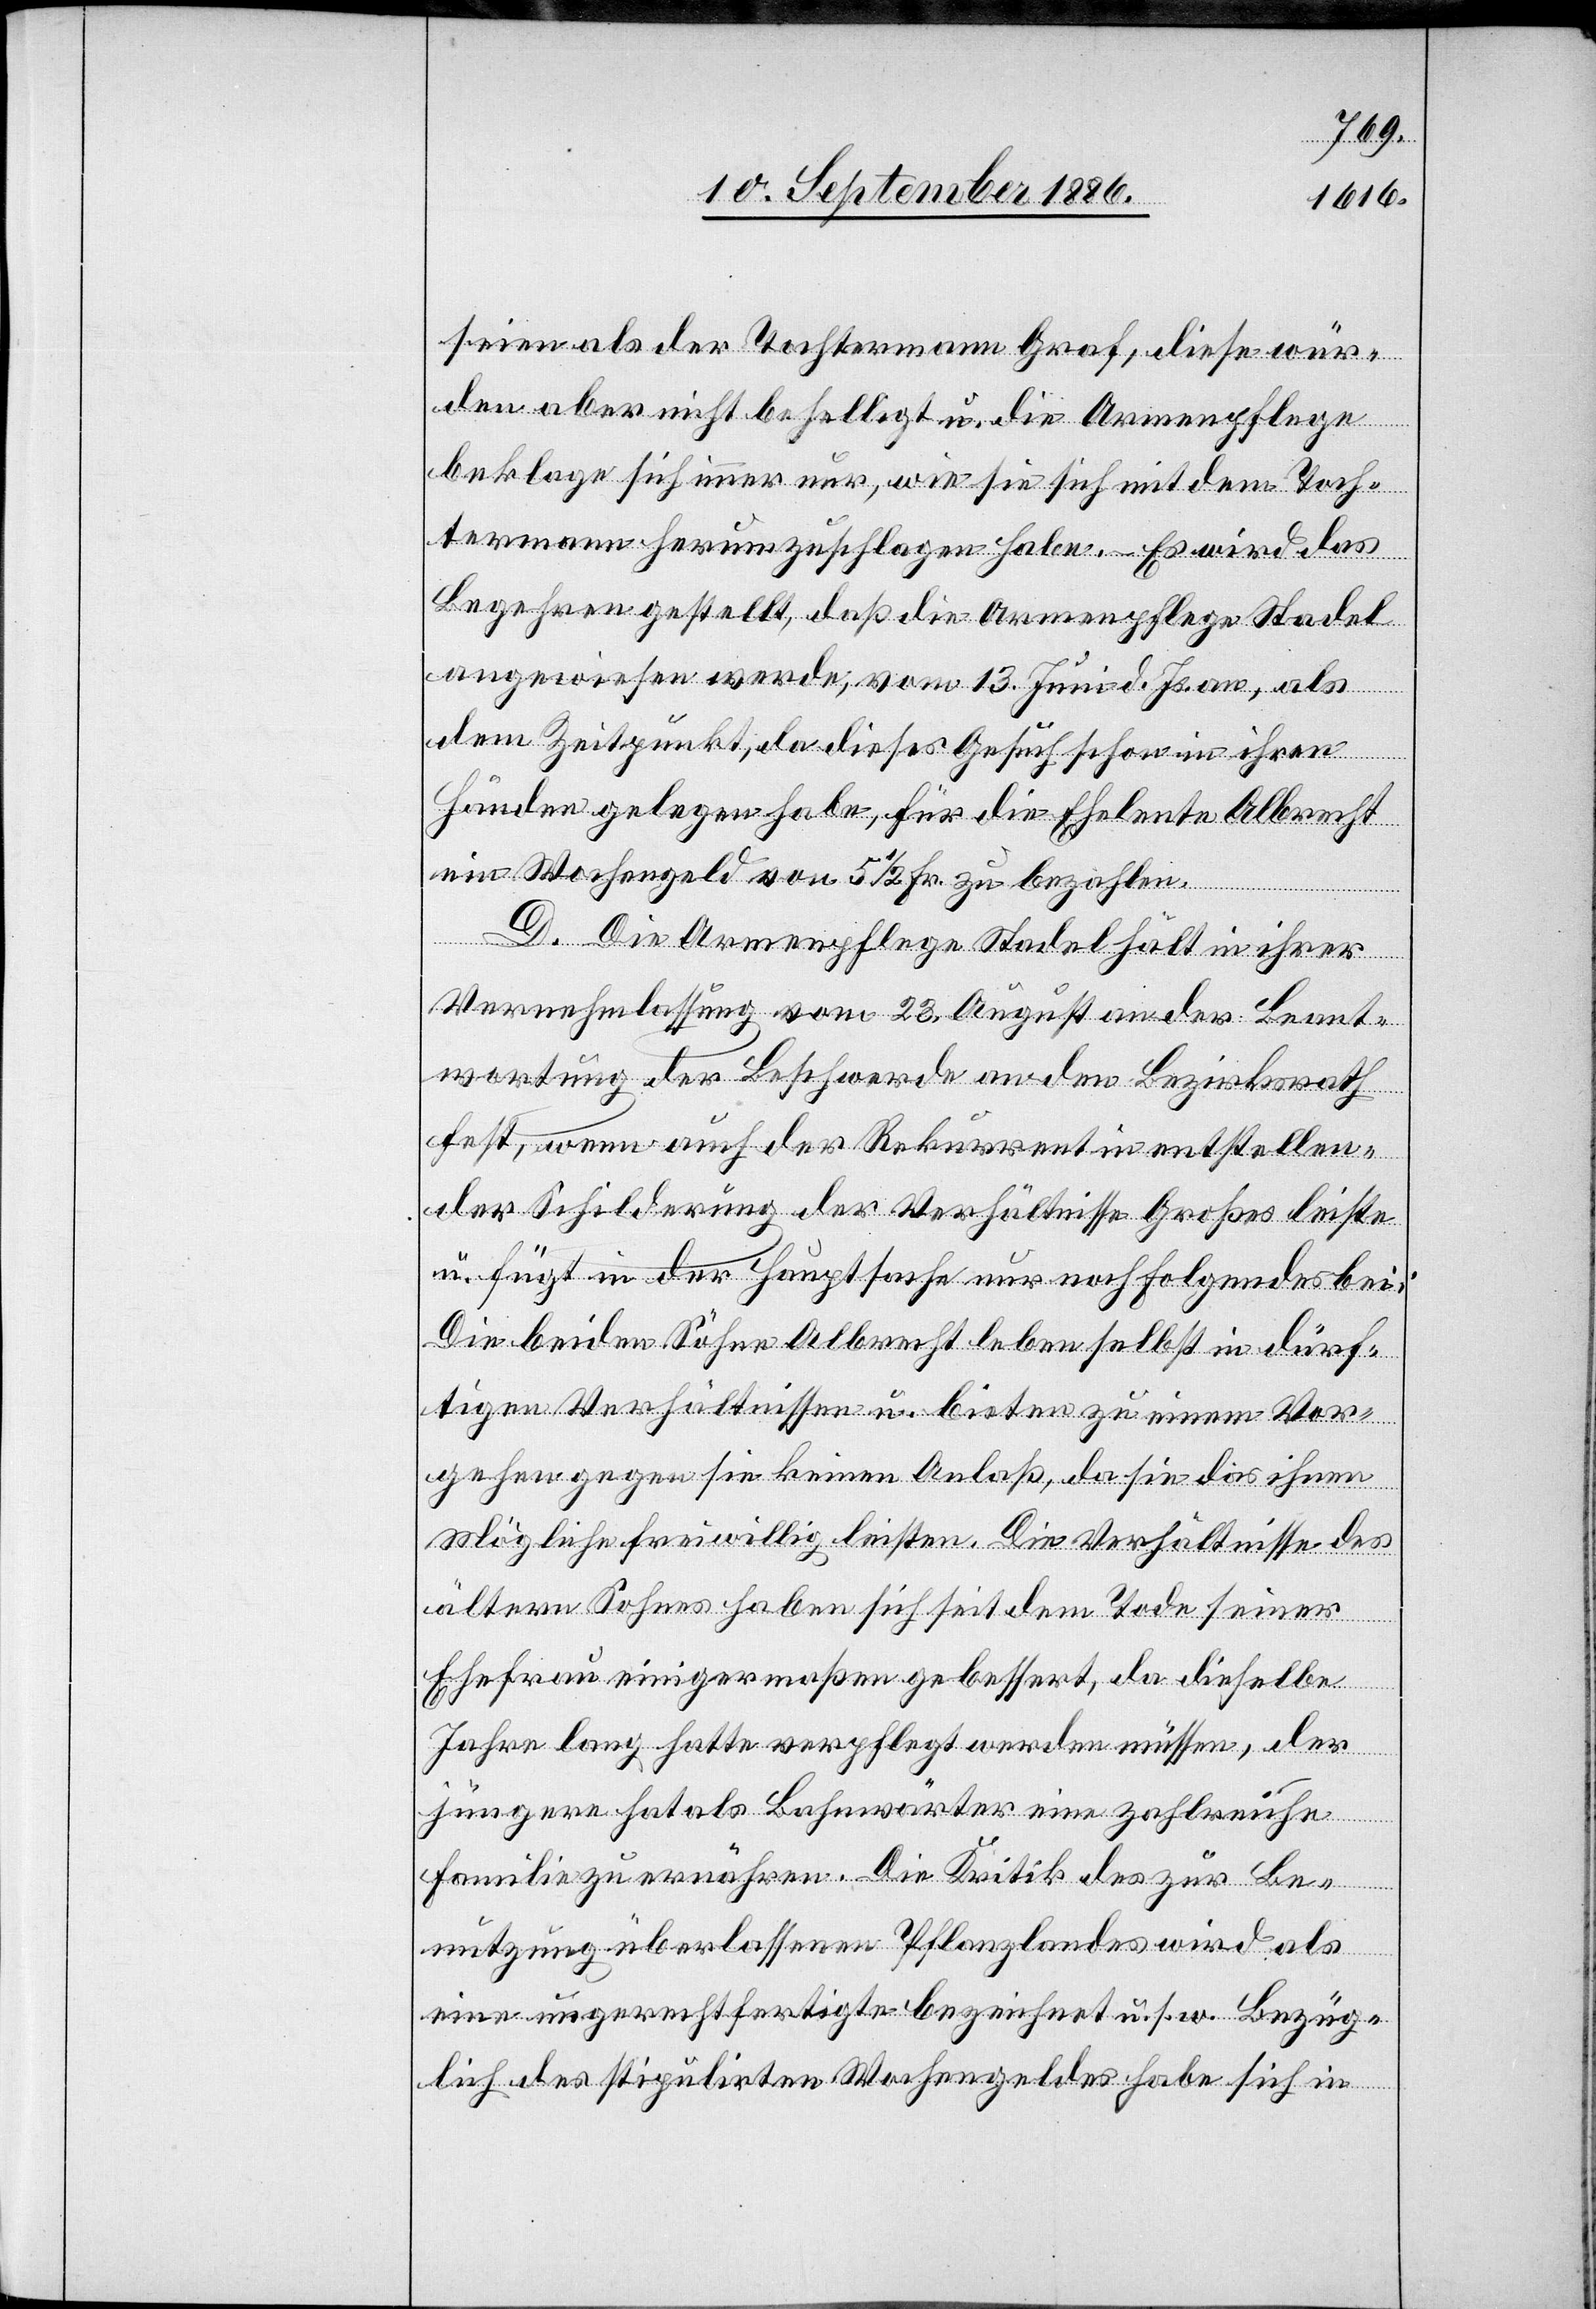
seien als der Tochtermann Graf, diese wür¬
den aber nicht behelligt u. die Armenpflege
beklage sich immer nur, wie sie sich mit dem Toch¬
termann herumzuschlagen habe. – Es wird das
Begehren gestellt, daß die Armenpflege Stadel
angewiesen werde, vom 13. Juni d. Js. an, als
dem Zeitpunkt, da dieses Gesuch schon in ihren
Händen gelegen habe, für die Eheleute Albrecht
ein Wochengeld von 5 1/2 Fr. zu bezahlen.
D. Die Armenpflege Stadel hält in ihrer
Vernehmlassung vom 23. August an der Beant¬
wortung der Beschwerde an den Bezirksrath
fest, wenn auch der Rekurrent in entstellen¬
der Schilderung der Verhältnisse Großes leiste
u. fügt in der Hauptsache nur noch Folgendes bei:
Die beiden Söhne Albrecht leben selbst in dürf¬
tigen Verhältnissen u. bieten zu einem Vor¬
gehen gegen sie keinen Anlaß, da sie das ihnen
Mögliche freiwillig leisten. Die Verhältnisse des
ältern Sohnes haben sich seit dem Tode seiner
Ehefrau einigermaßen gebessert, da dieselbe
Jahre lang hatte verpflegt werden müssen, der
jüngere hat als Bahnwärter eine zahlreiche
Familie zu ernähren. Die Kritik des zur Be¬
nutzung überlassenen Pflanzlandes wird als
eine ungerechtfertigte bezeichnet u. s. w. Bezüg¬
lich des stipulirten Wochengeldes habe sich in